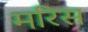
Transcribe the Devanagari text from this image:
मरिस